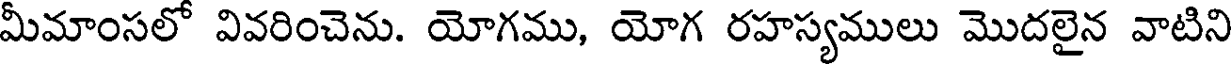
మీమాంసలో వివరించెను. యోగము, యోగ రహస్యములు మొదలైన వాటిని